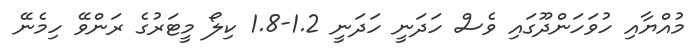
މުއްޔާއި ހުވަހަންދޫގައި ވެސް ހަދަނީ ހަދަނީ 1.2-1.8 ކިލޯ މީޓަރުގެ ރަންވޭ ހިމެނޭ